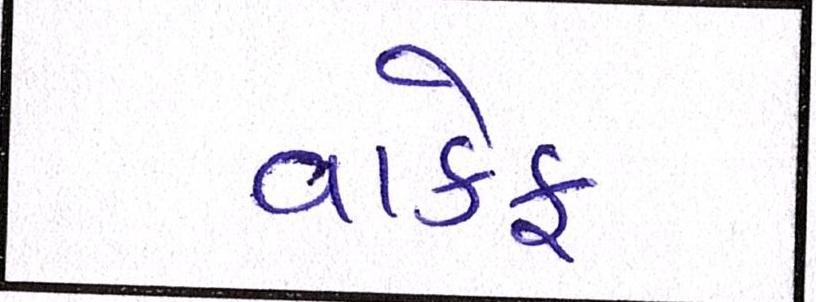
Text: વાકેફ